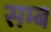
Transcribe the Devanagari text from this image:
सम्ब